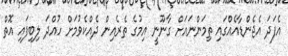
އެފަދަ އެޖެންޑާއެއްގައި ތިމަންނައަށް ގާނޫނީ އިމުގެ ތެރެއިން ދެއްކެވުމަށް ހުއްދަ ލިބިފައި އޮތް